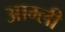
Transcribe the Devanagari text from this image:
आम्ली